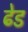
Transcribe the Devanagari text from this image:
ढेड